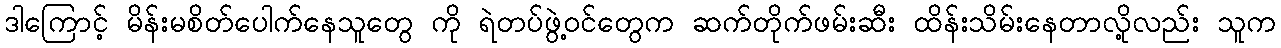
ဒါကြောင့် မိန်းမစိတ်ပေါက်နေသူတွေ ကို ရဲတပ်ဖွဲ့ဝင်တွေက ဆက်တိုက်ဖမ်းဆီး ထိန်းသိမ်းနေတာလို့လည်း သူက